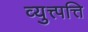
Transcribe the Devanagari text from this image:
व्युत्त्पत्ति